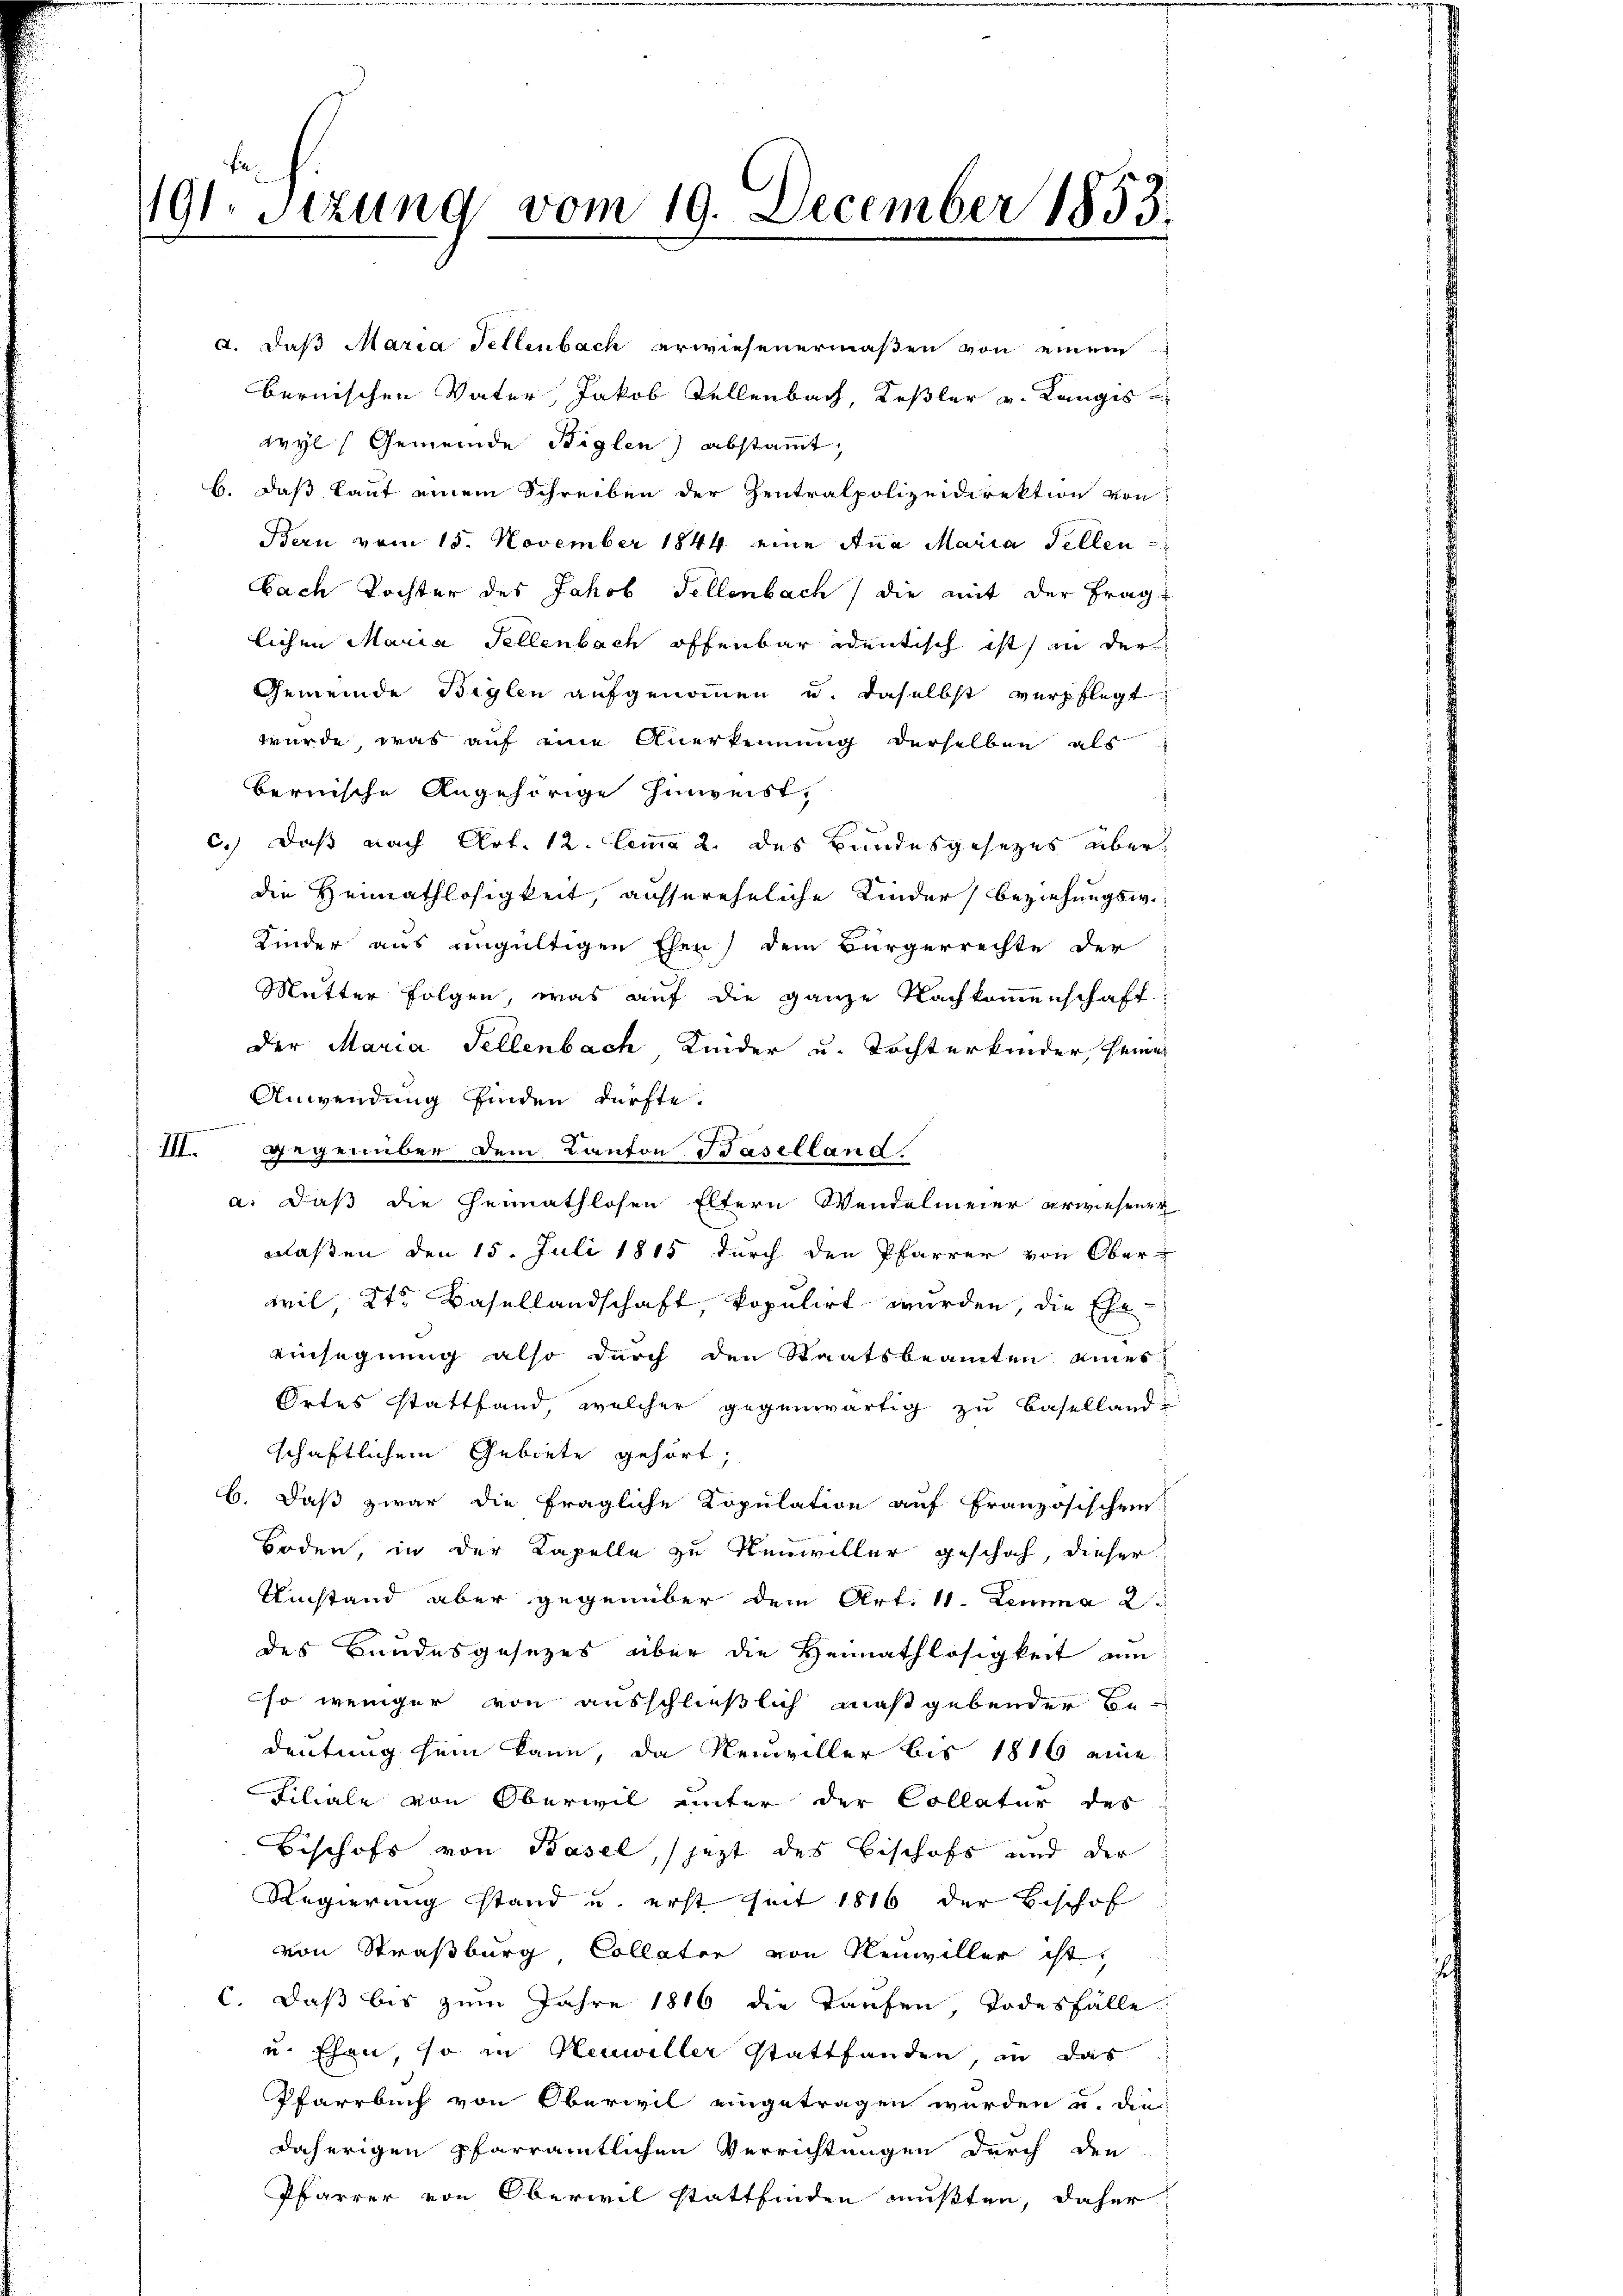
19 Stzung vom 19. December 1855.

a. daß Maria Fellenbach erwiesenermaßen von einem
bernischen Vater, Jakob Tellenbach, Keßler v. Langes
wyl Gemeinde Biglen) abstammt,
b. daß laut einem Schreiben der Zentralpolizeidirektion von
Bern vom 15. November 1844 eine Ana Maria Fellen
bach Tochter des Jakob Fellenbach) die mit der Frag
lichen Maria Fellenbach offenbar identisch ist an der
Gemeinde Biglen aufgenommen u. daselbst verpflegt
würde, was auf eine Anerkennung derselben als
bernische Angehörige hinweist,
c.) Daß nach Art. 12. Lemma 2. des Bundesgesezes überdie Heimathlosigkeit, aussereheliche Kinder Beziehungswe
Kinder aus ungültigen Ehen) dem Bürgerrechte der
Mutter Folgen, was auf die ganze Nachkommenschaft:
der Maria Fellenbach Kinder u. Tochterkinder, seine
Anwendung finden dürfte.
f
III.
gegenüber dem Canton Baselland.
a. daß die Gennathlosen Eltern Wandelmeier erwiesener
nlaßen den 15. Juli 1815 durch den Pfarrer von Ober-
wil Kt. Basellandschaft, kopulirt wurden, die Ehe-
einsegnung also durch den Staatsbeamten einer
Ortes stattfand, welcher gegenwärtig zu Baselland-
schaftlichem Gebiete gehört;
b. daß zwar die fragliche Kopulation auf französischen
Boden, in der Kapelle zu Neuwiller geschah, dieser
Umstand aber gegenüber dem Art. 11. Lemma 2
des Bundesgesezes über die Heimathlosigkeit um
so weniger von ausschließlich maßgebender Bedeutung sein kann, da Neuviller bis 1816 eine
Filiale von Oberwil unter der Collatur des
Beschofs von Basel, jezt des Bischofs und der
Regierung stand u. erst seit 1816 der Beschof
von Straßburg Collater von Neuwiller ist,
c. Daß bis zum Jahre 1816 die Taufen, Todesfälle
ud Ehen so in Neuwiller Stattfanden, an das
Pfarrbuch von Oberwil eingetragen wurden u. die
daherigen pfarramtlichen Verrichtungen durch den
Pfarrer von Oberwil stattfinden mußten, daher